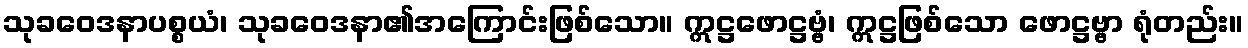
သုခဝေဒနာပစ္စယံ၊ သုခဝေဒနာ၏အကြောင်းဖြစ်သော။ ဣဋ္ဌဖောဋ္ဌဗ္ဗံ၊ ဣဋ္ဌဖြစ်သော ဖောဋ္ဌဗ္ဗာ ရုံတည်း။